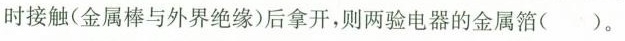
时接触(金属棒与外界绝缘)后拿开，则两验电器的金属箔( )。